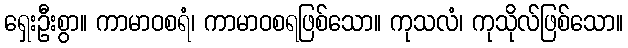
ရှေးဦးစွာ။ ကာမာဝစရံ၊ ကာမာဝစရဖြစ်သော။ ကုသလံ၊ ကုသိုလ်ဖြစ်သော။